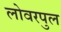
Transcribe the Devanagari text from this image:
लोवरपुल